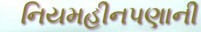
નિયમહીનપણાની